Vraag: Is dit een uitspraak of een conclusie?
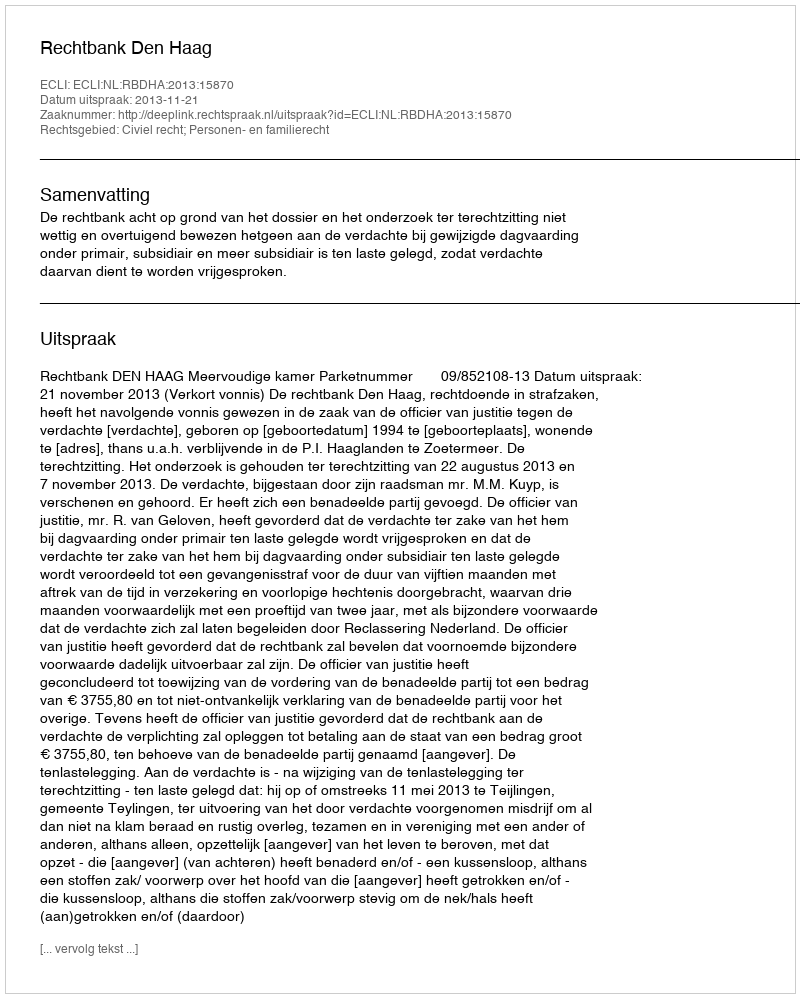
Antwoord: Uitspraak